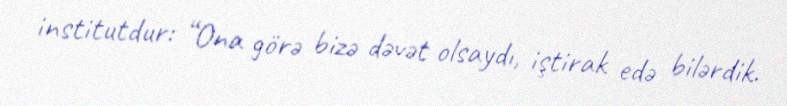
institutdur: “Ona görə bizə dəvət olsaydı, iştirak edə bilərdik.